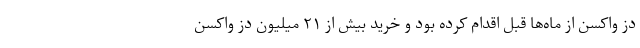
دز واکسن از ماه‌ها قبل اقدام کرده بود و خرید بیش از ۲۱ میلیون دز واکسن